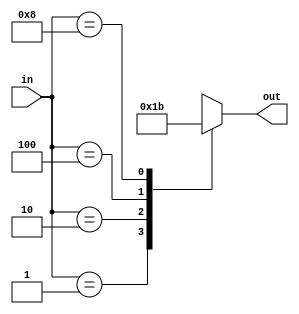
module enc_4to2(in,out);
input [3:0] in;
output reg [1:0] out;

always @(*)
begin

case(in)
4'b0001:out<=2'b00;
4'b0010:out<=2'b01;
4'b0100:out<=2'b10;
4'b1000:out<=2'b11;
default:out<=2'bx;
endcase

end
 
endmodule